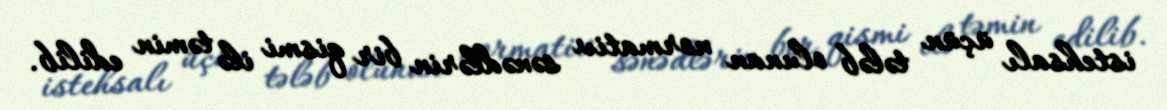
istehsalı üçün tələb olunan normativ sənədlərin bir qismi ilə təmin edilib.